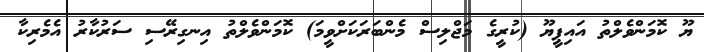
ޔޫ ކޮމަންވެލްތު އައިޕީޔޫ (ކުރީގެ މަޖްލިސް މެންބަރަކަށްވީމަ) ކޮމަންވެލްތު އިނގިރޭސި ސަރުކާރު އެމެރިކާ